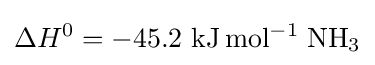
\Delta H^{0}=-45.2\ \mathrm {kJ} \,\mathrm {mol^{-1}} \;\mathrm {NH_{3}}